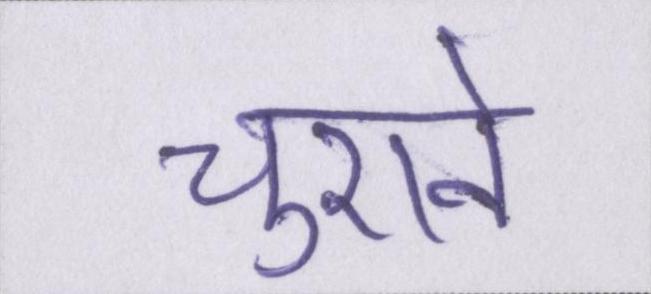
चुराने